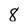
Character: 8